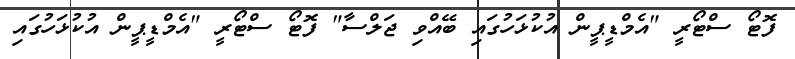
ފޮޓޯ ސްޓޯރީ "އެމްޑީޕީން އުކުޅަހުގައި ބޭއްވި ޖަލްސާ" ފޮޓޯ ސްޓޯރީ "އެމްޑީޕީން އުކުޅަހުގައި